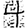
Digit: 4